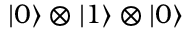
\left| 0 \right\rangle \otimes \left| 1 \right\rangle \otimes \left| 0 \right\rangle